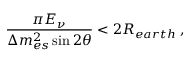
\frac { \pi E _ { \nu } } { \Delta m _ { e s } ^ { 2 } \sin 2 \theta } < 2 R _ { e a r t h } \; ,